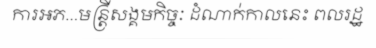
ការអភ...មន្ត្រីសង្គមកិច្ចៈ ដំណាក់កាលនេះ ពលរដ្ឋ